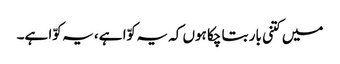
میں کتنی بار بتا چکا ہوں کہ یہ کوّا ہے، یہ کوّا ہے۔